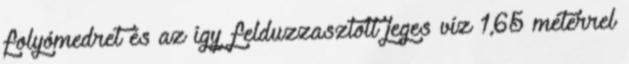
folyómedret és az így felduzzasztott jeges víz 1,65 méterrel